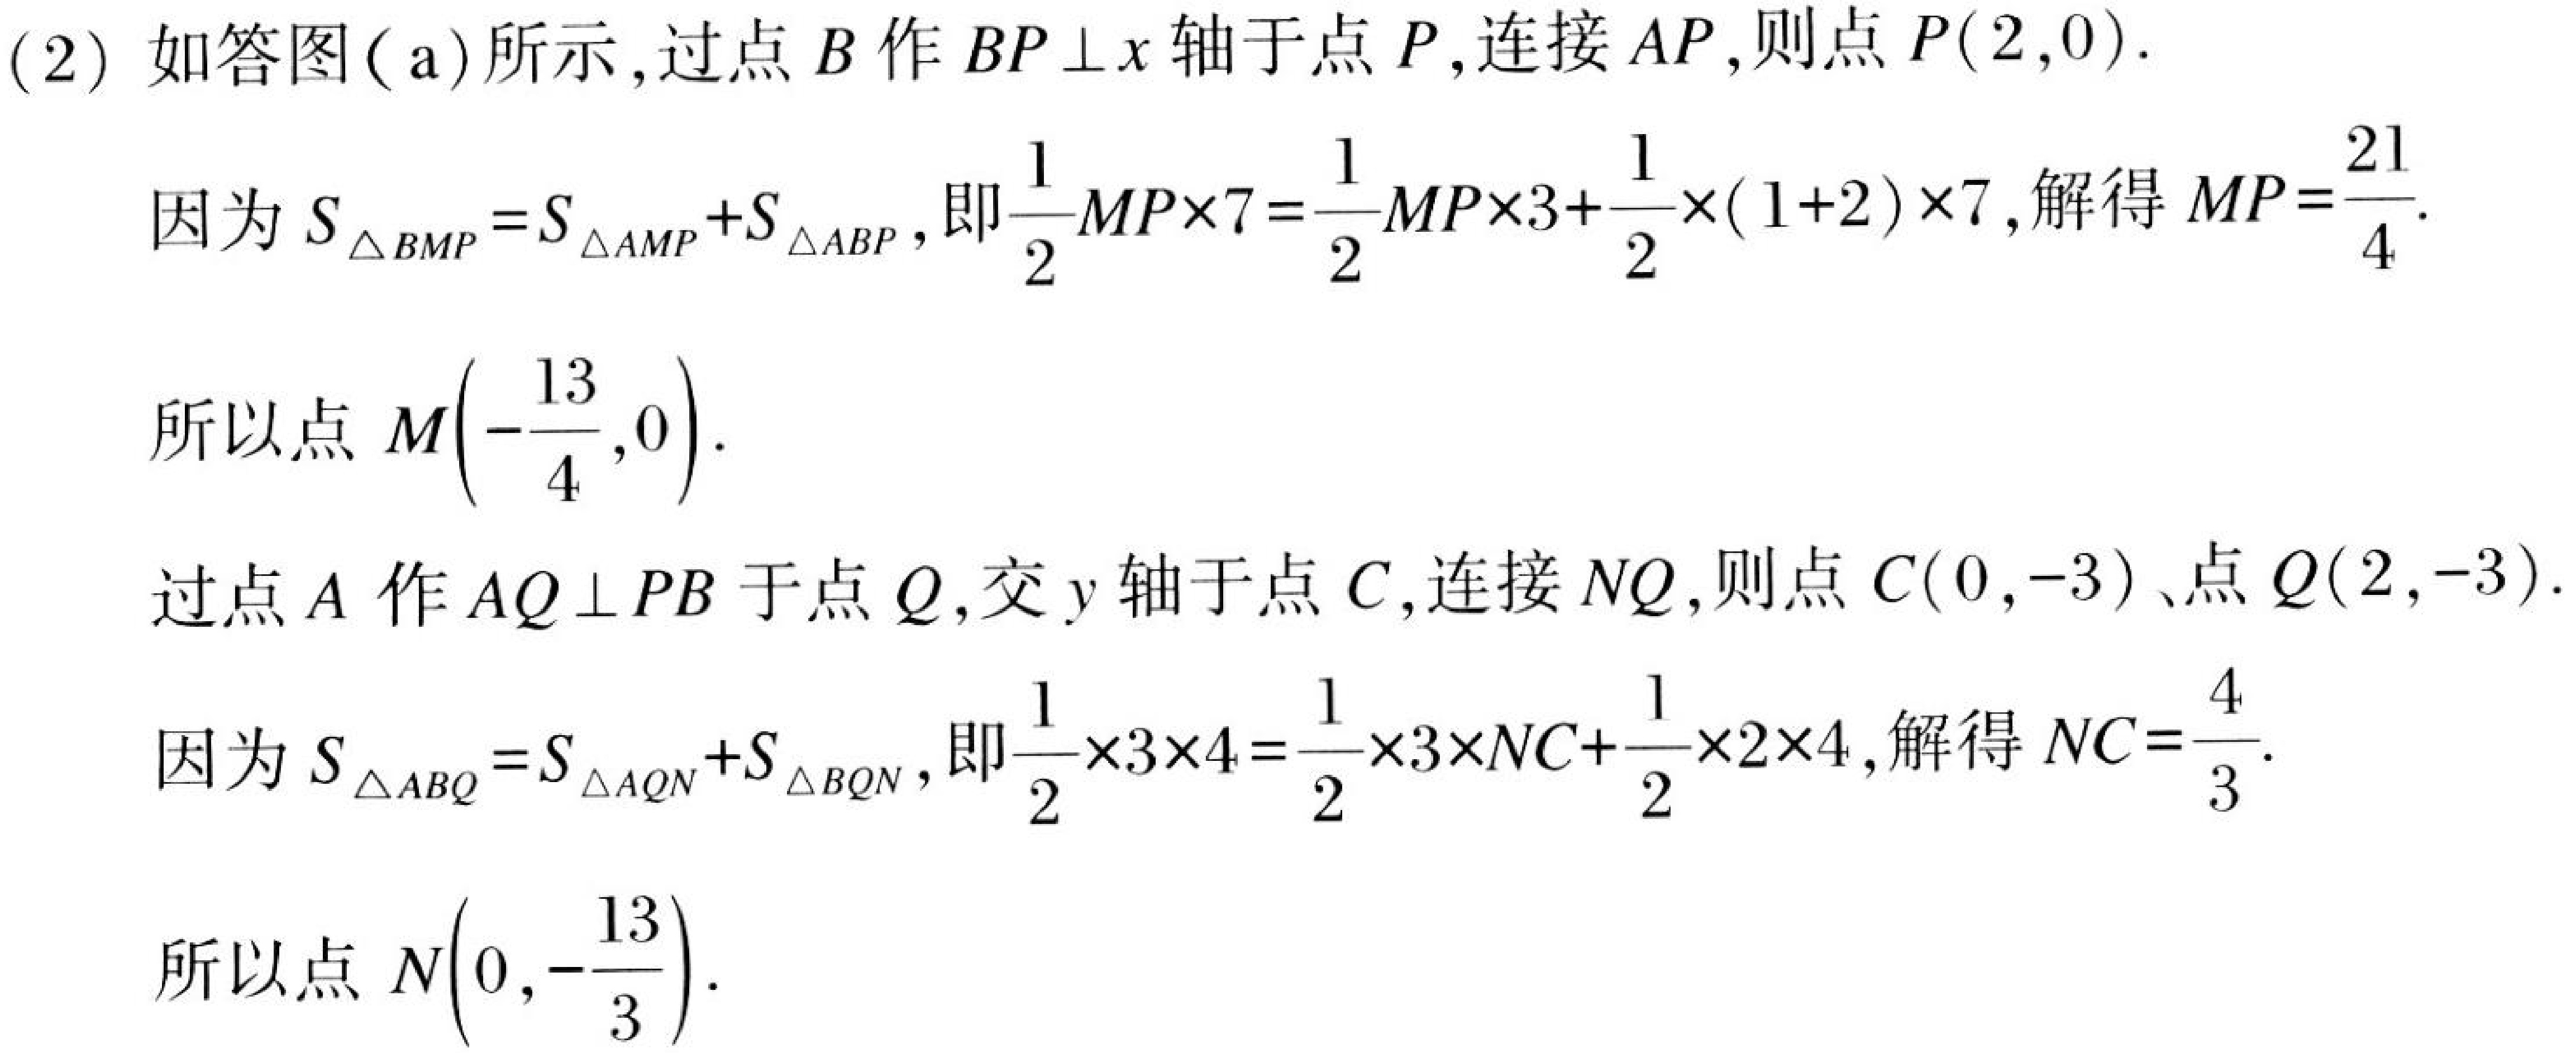
(2) 如答图（a）所示,过点 \(B\) 作 \(BP\perp x\) 轴于点 \(P\),连接 \(AP\),则点 \(P(2,0)\).
因为 \(S_{\triangle BMP}=S_{\triangle AMP}+S_{\triangle ABP}\),即\(\frac{1}{2}MP\times7 = \frac{1}{2}MP\times3+\frac{1}{2}\times(1 + 2)\times7\),解得 \(MP=\frac{21}{4}\).
所以点 \(M(-\frac{13}{4},0)\).
过点 \(A\) 作 \(AQ\perp PB\) 于点 \(Q\),交 \(y\) 轴于点 \(C\),连接 \(NQ\),则点 \(C(0,-3)\)、点 \(Q(2,-3)\).
因为 \(S_{\triangle ABQ}=S_{\triangle AQN}+S_{\triangle BQN}\),即\(\frac{1}{2}\times3\times4=\frac{1}{2}\times3\times NC+\frac{1}{2}\times2\times4\),解得 \(NC = \frac{4}{3}\).
所以点 \(N(0,-\frac{13}{3})\).